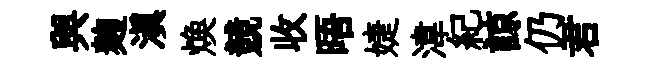
與麹滇焕競收晤婕湋紀諒仍君